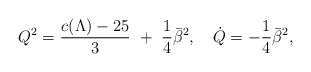
\begin{align*}Q^2={c(\Lambda)-25\over3}~+~{1\over4}\bar\beta^2,~~~\dot Q=-{1\over4}\bar\beta^2,\end{align*}